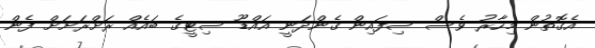
އެގޮތުން މިހާރު ވެސް ސިފައިން ގެންދަނީ އައްޑޫ ސިޓީގެ ބައެއް ރަށްރަށަށް ފެން